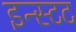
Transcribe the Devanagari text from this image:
इन्स्टट